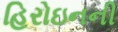
હિરોઇનની